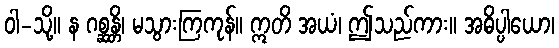
ဝါ-သို့။ န ဂစ္ဆန္တိ၊ မသွားကြကုန်။ ဣတိ အယံ၊ ဤသည်ကား။ အဓိပ္ပါယော၊